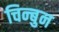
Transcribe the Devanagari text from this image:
चिन्बुन